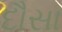
દૌસા